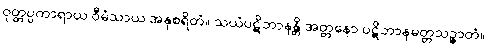
ဝုတ္တပ္ပကာရာယ ဝီမံသာယ အနုစရိတံ။ သယံပဋိဘာနန္တိ အတ္တနော ပဋိဘာနမတ္တသဉ္ဇာတံ။